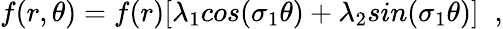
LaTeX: f(r,\theta)=f(r)[\lambda_{1}cos(\sigma_{1}\theta)+\lambda_{2}sin(\sigma_{1}\theta)]\; \; ,